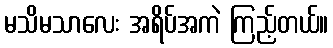
မသိမသာလေး အရိပ်အကဲ ကြည့်တယ်။